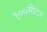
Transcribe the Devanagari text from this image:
१००मीटर